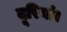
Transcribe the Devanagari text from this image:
दूरियां।